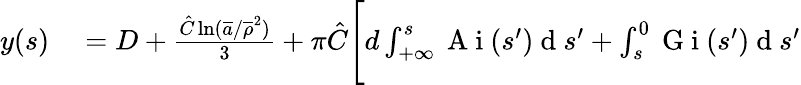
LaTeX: \begin{array}{rl}{y(s)}&{{}=D+\frac{\hat{C}\ln(\overline{{a}}/\overline{{\rho}}^{2})}{3}+\pi\hat{C}\Bigg[d\int_{+\infty}^{s}\mathrm{~A~i~}(s^{\prime})\mathrm{~d~}s^{\prime}+\int_{s}^{0}\mathrm{~G~i~}(s^{\prime})\mathrm{~d~}s^{\prime}}\end{array}